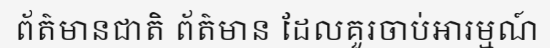
ព័ត៌មានជាតិ ព័ត៌មាន ដែលគួរចាប់អារម្មណ៍